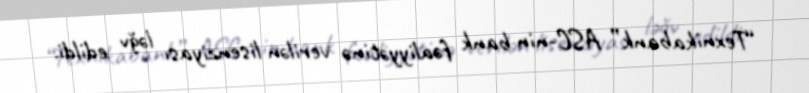
“Texnikabank” ASC-nin bank fəaliyyətinə verilən lisenziyası ləğv edildi.